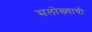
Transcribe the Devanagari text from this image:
सलोख्याची